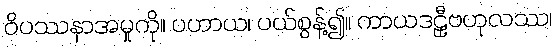
ဝိပဿနာအမှုကို။ ပဟာယ၊ ပယ်စွန့်၍။ ကာယဒဠှီဗဟုလဿ၊